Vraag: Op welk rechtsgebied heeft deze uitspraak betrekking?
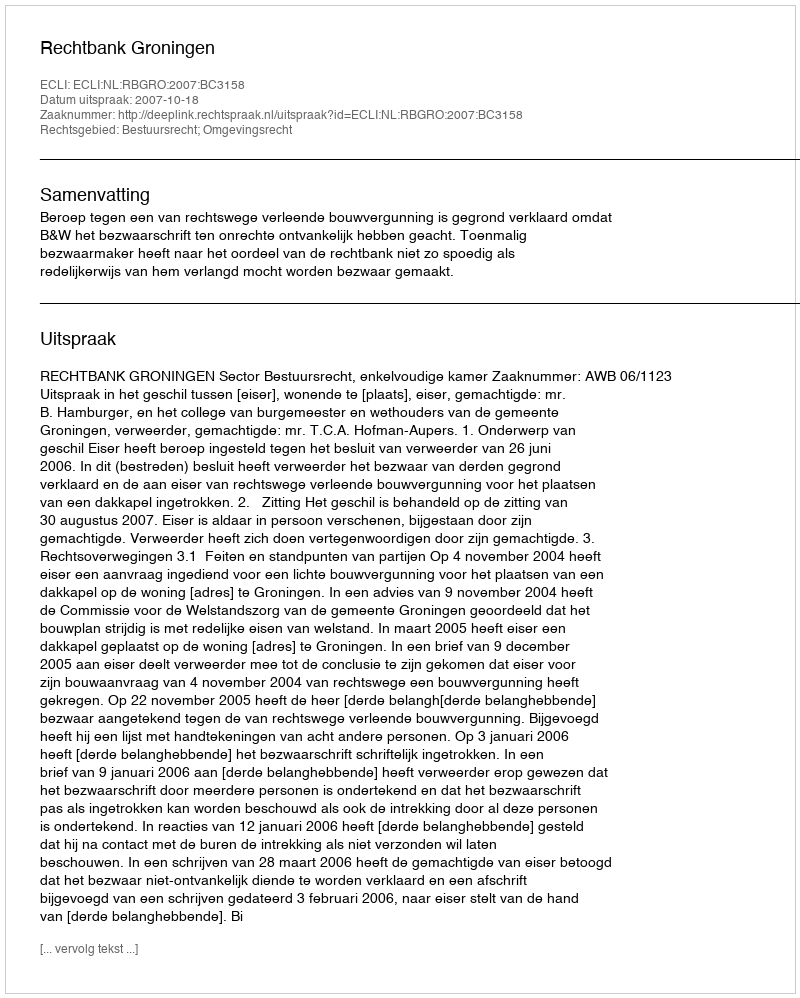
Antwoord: Bestuursrecht; Omgevingsrecht